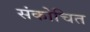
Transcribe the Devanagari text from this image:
संकोचित